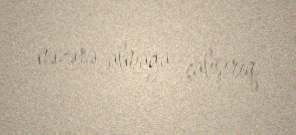
nəzərə almağa çalışırıq.